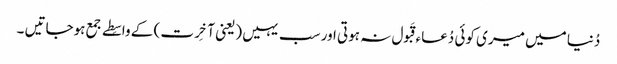
دُنیا میں میری کوئی دُعاء قَبول نہ ہوتی اور سب یہیں (یعنی آخِرت ) کے واسِطے جمع ہوجاتیں ۔